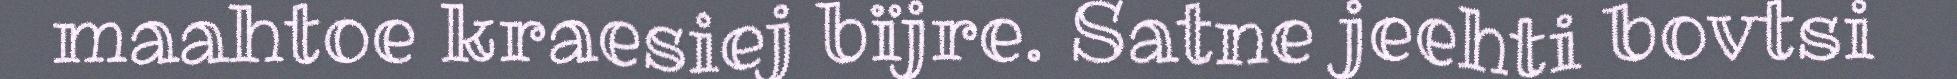
maahtoe kraesiej bïjre. Satne jeehti bovtsi